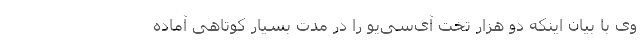
وی با بیان اینکه دو هزار تخت آی‌سی‌یو را در مدت بسیار کوتاهی آماده